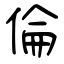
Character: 倫